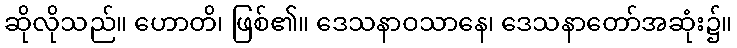
ဆိုလိုသည်။ ဟောတိ၊ ဖြစ်၏။ ဒေသနာဝသာနေ၊ ဒေသနာတော်အဆုံး၌။